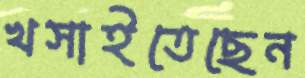
খসাইতেছেন